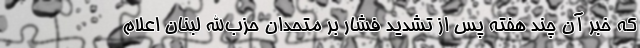
که خبر آن چند هفته پس از تشدید فشار بر متحدان حزب‌الله لبنان اعلام